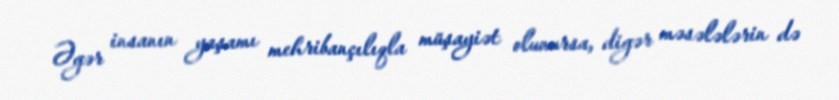
Əgər insanın yaşamı mehribançılıqla müşayiət olunursa, digər məsələlərin də